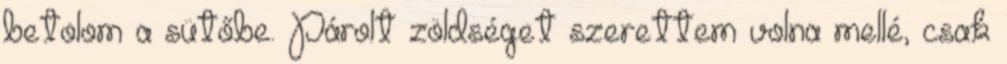
betolom a sütőbe. Párolt zöldséget szerettem volna mellé, csak